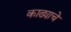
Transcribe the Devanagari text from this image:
काढ्याचे